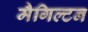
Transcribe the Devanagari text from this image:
मैगिल्टन